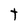
Character: T